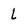
Character: l